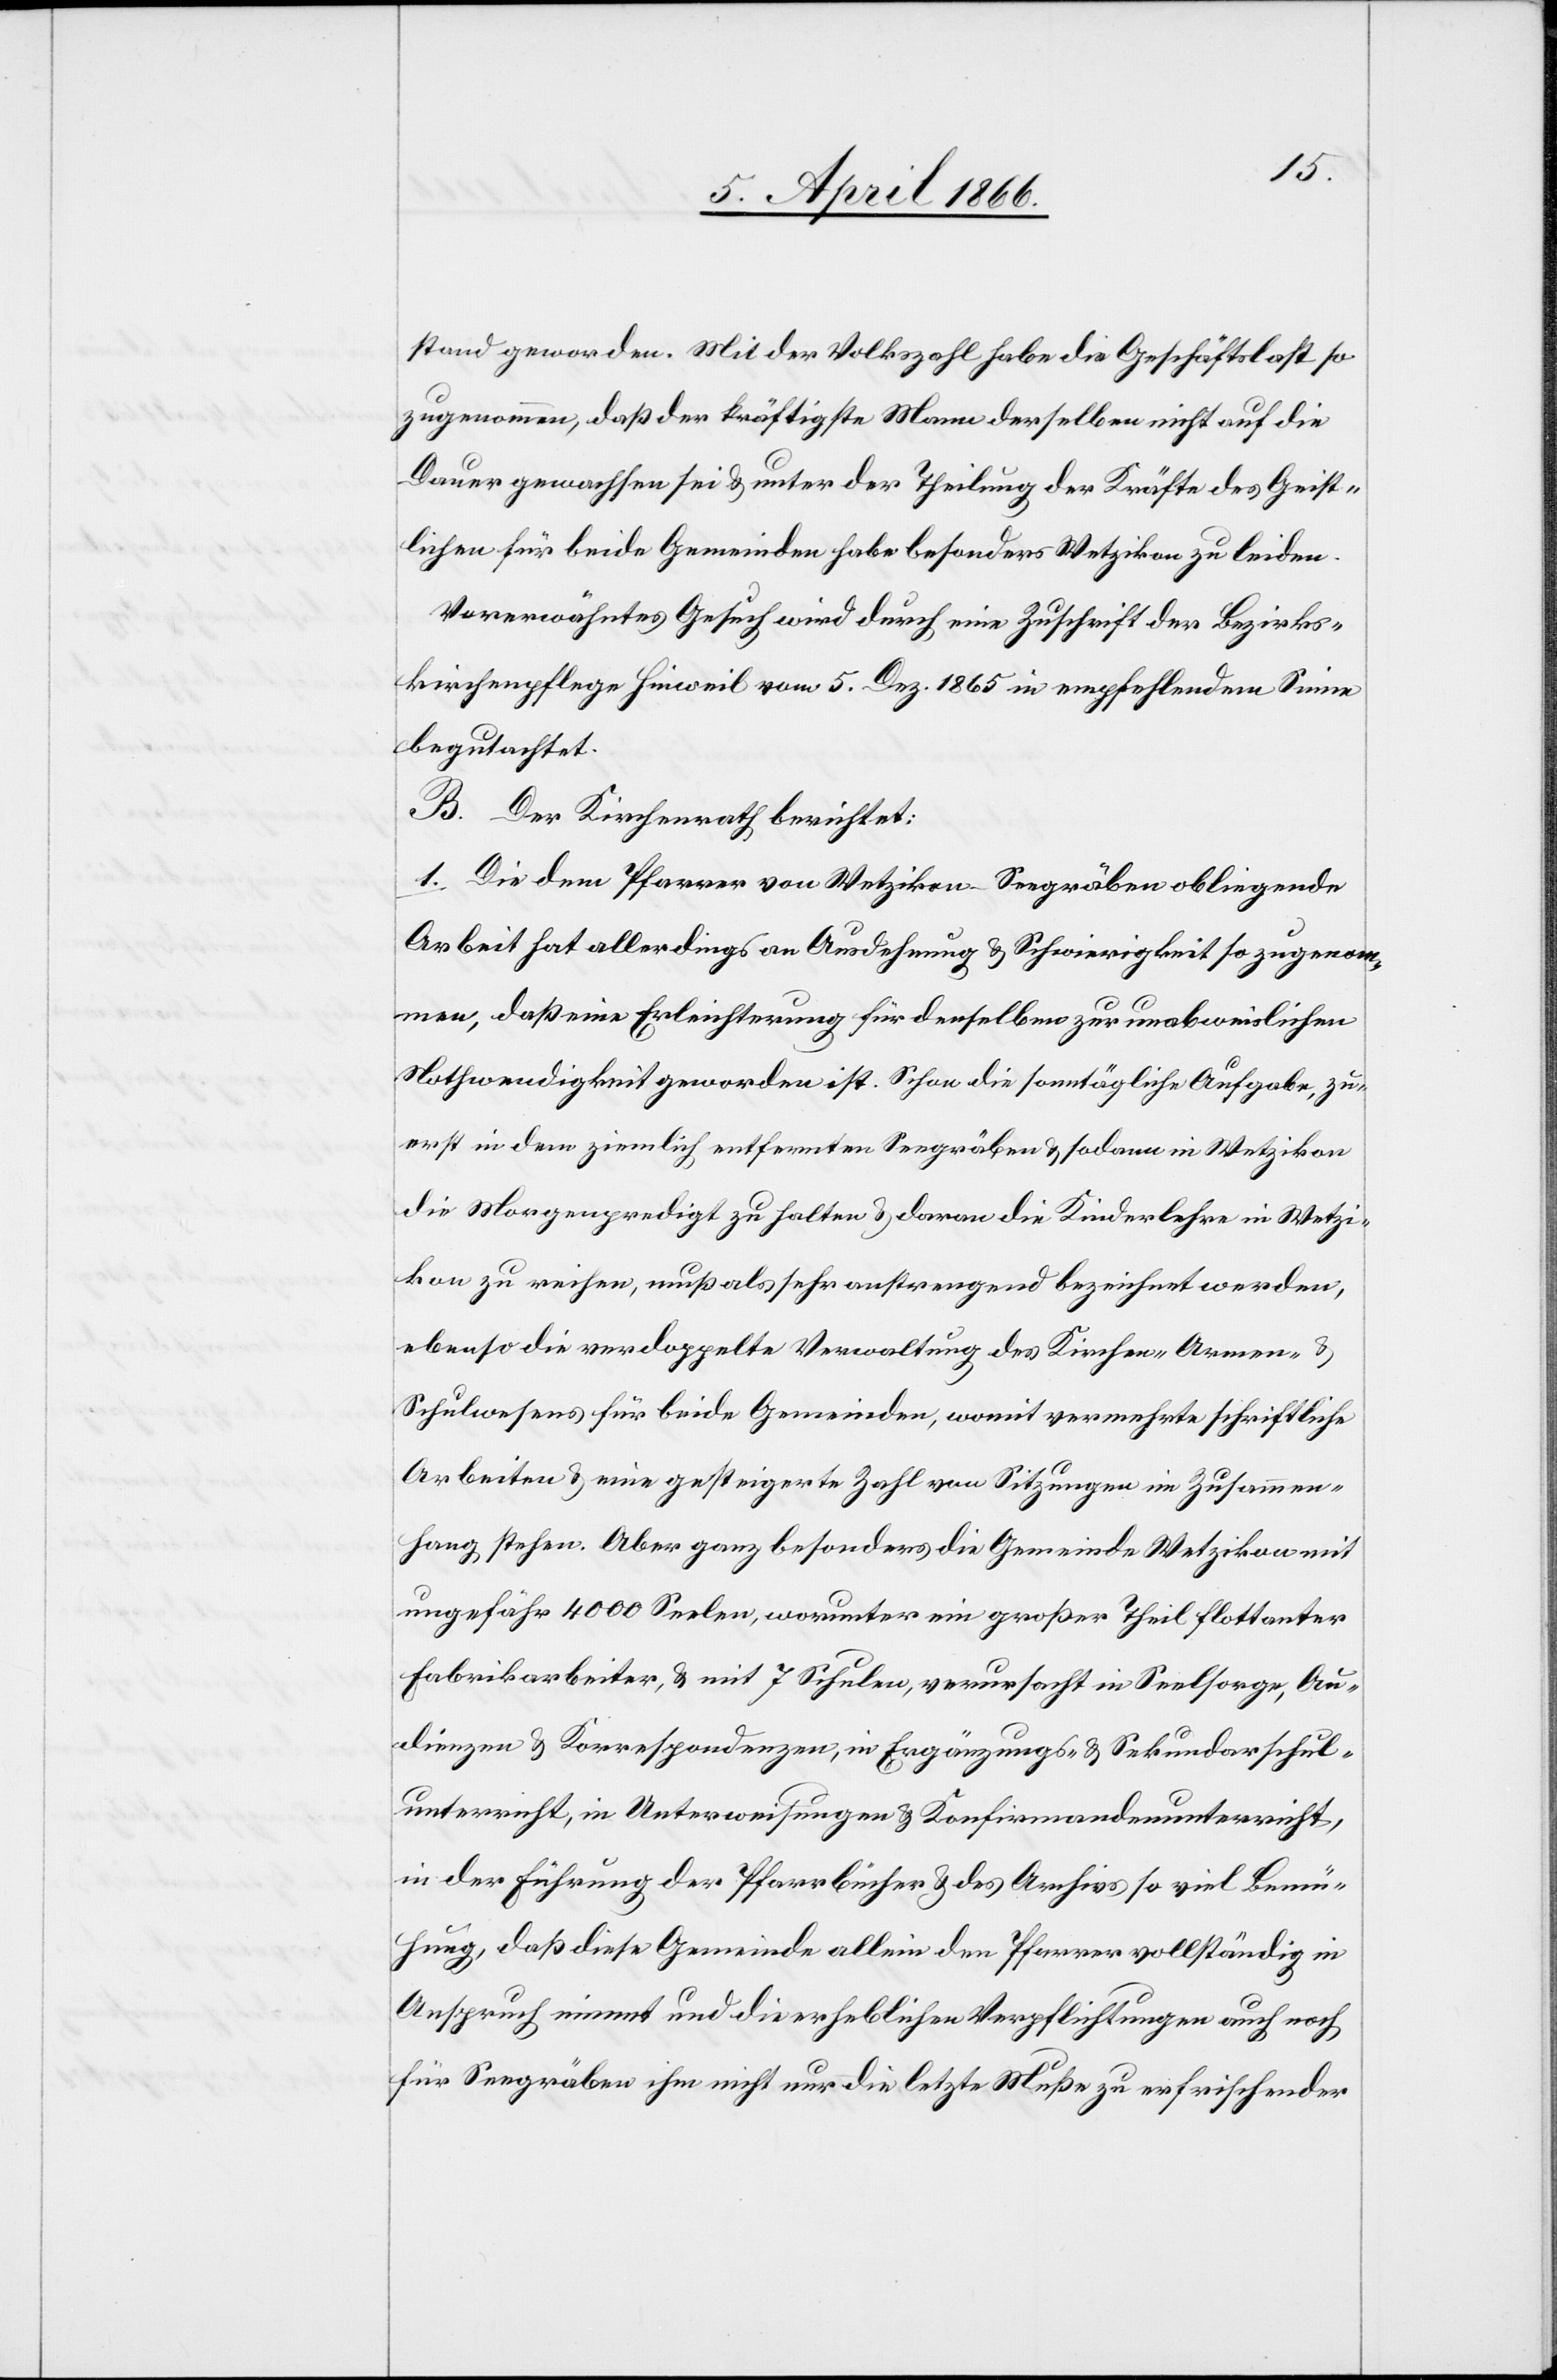
stande geworden. Mit der Volkszahl habe die Geschäftslast so
zugenommen, daß der kräftigste Mann derselben nicht auf die
Dauer gewachsen sei u. unter der Theilung der Kräfte des Geist¬
lichen für beide Gemeinden habe besonders Wetzikon zu leiden.
Vorerwähntes Gesuch wird durch eine Zuschrift der Bezirks¬
kirchenpflege Hinweil vom 5 Dez. 1865 in empfehlendem Sinne
begutachtet.
B. Der Kirchenrath berichtet:
1. Die dem Pfarrer von Wetzikon-Seegräben obliegende
Arbeit hat allerdings an Ausdehnung u. Schwierigkeit so zugewon¬
nen, daß eine Erleichterung für denselben zur unabweislichen
Nothwendigkeit geworden ist. Schon die sonntägliche Aufgabe, zu¬
erst in dem ziemlich entfernten Seegräben u. sodann in Wetzikon
die Morgenpredigt zu halten u. daran die Kinderlehre in Wetzi¬
kon zu reihen, muß als sehr anstrengend bezeichnet werden,
ebenso die verdoppelte Verwaltung des Kirchen-[,] Armen- u.
Schulwesens für beide Gemeinden, womit vermehrte schriftliche
Arbeiten u. eine gesteigerte Zahl von Sitzungen im Zusammen¬
hang stehen. Aber ganz besonders die Gemeinde Wetzikon mit
ungefähr 4000 Seelen, worunter ein großer Theil flottanter
Fabrikarbeiter, u. mit 7 Schulen, verursacht in Seelsorge, Au¬
dienzen u. Korrespondenzen, in Ergänzungs- u. Sekundarschul¬
unterricht, in Unterweisungen u. Konfirmandenunterricht,
in der Führung der Pfarrbücher u. des Archivs so viel Bemü¬
hung, daß diese Gemeinde allein den Pfarrer vollständig in
Anspruch nimmt und die erhebliche Verpflichtung auch noch
für Seegräben ihm nicht nur die letzte Muße zu erfrischender